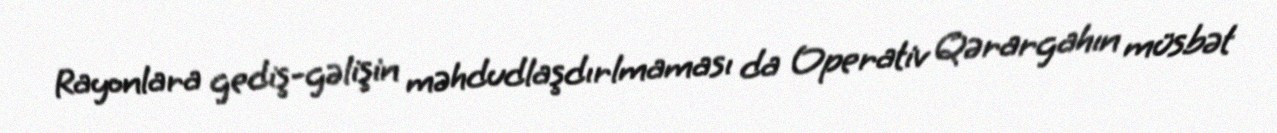
Rayonlara gediş-gəlişin məhdudlaşdırlmaması da Operativ Qərargahın müsbət